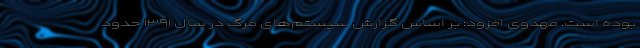
بوده است. مهدوی افزود: بر اساس گزارش سیستم‌های مرگ در سال ۱۳۹۱ حدود